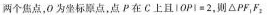
两个焦点，O为坐标原点，点P在C上且$$ \left | OP \right | = 2$$，期△PF_{1}F_{2}